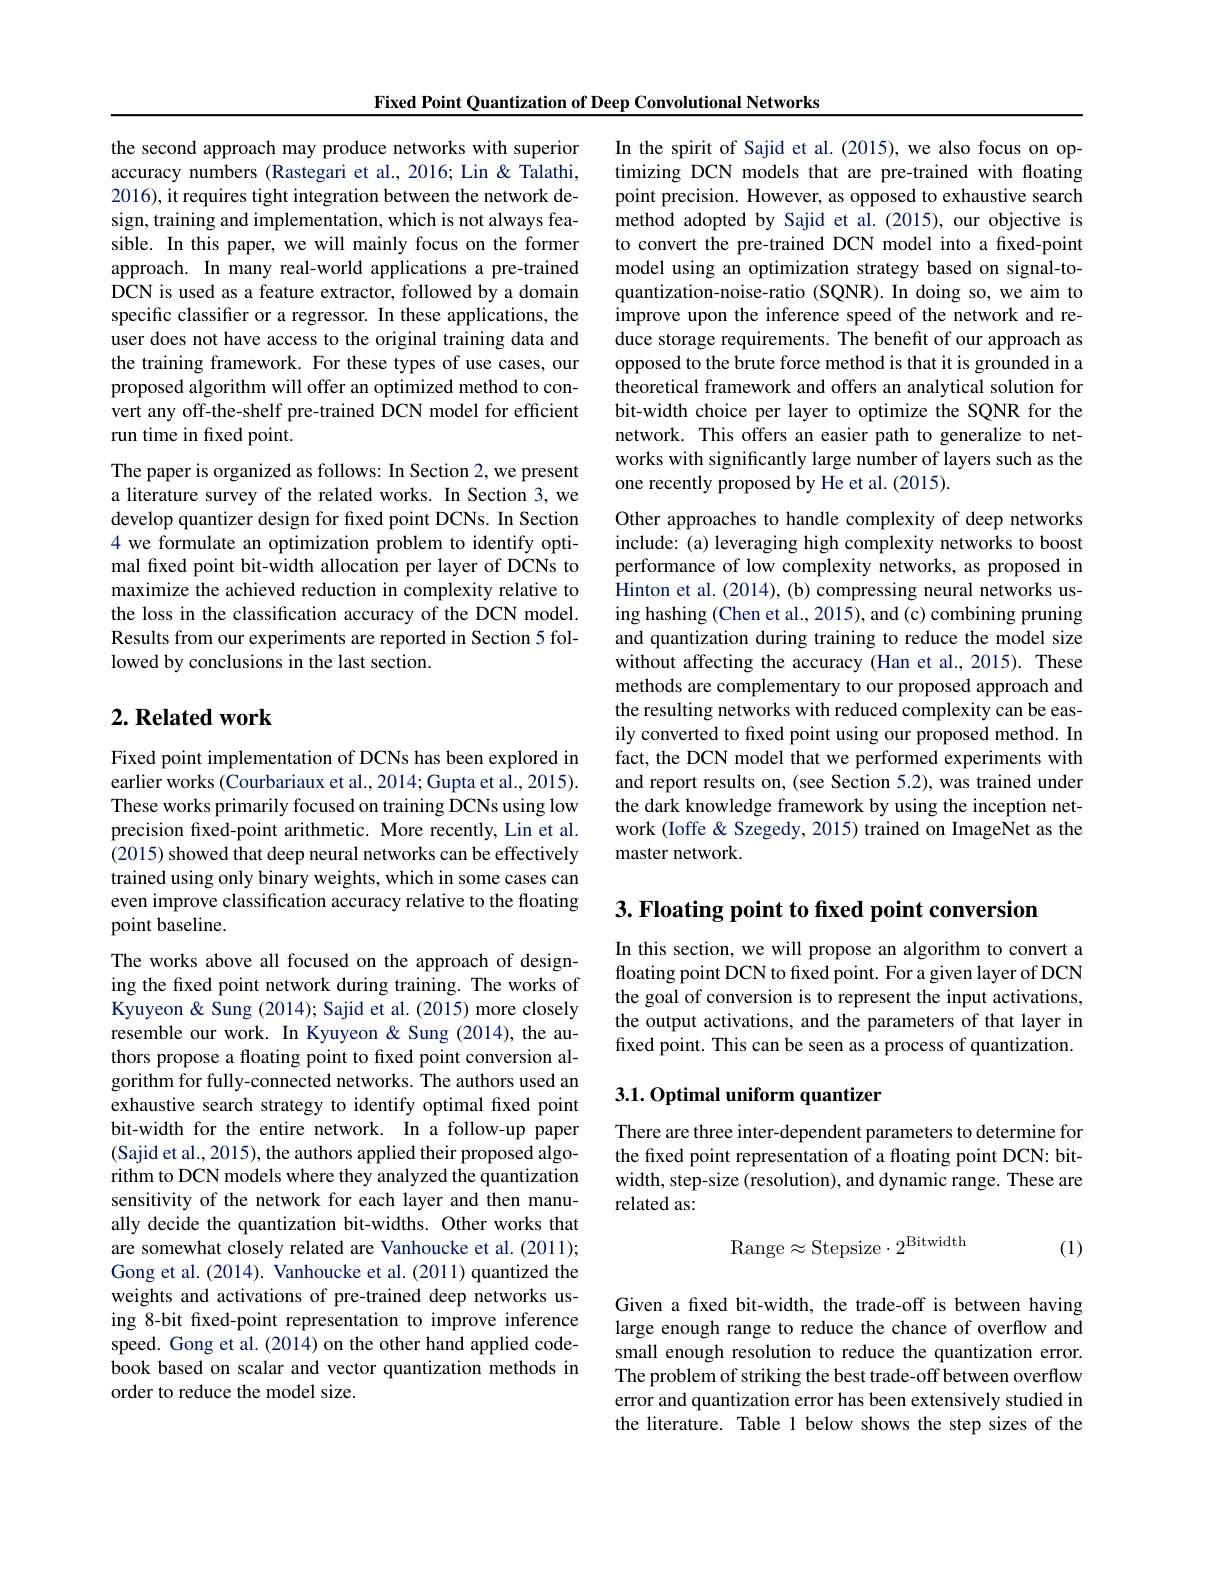
Fixed Point Quantization of Deep Convolutional Networks

the second approach may produce networks with superior accuracy numbers (Rastegari et al., 2016; Lin & Talathi, 2016), it requires tight integration between the network design, training and implementation, which is not always feasible. In this paper, we will mainly focus on the former approach. In many real-world applications a pre-trained DCN is used as a feature extractor, followed by a domain specific classifier or a regressor. In these applications, the user does not have access to the original training data and the training framework. For these types of use cases, our proposed algorithm will offer an optimized method to convert any off-the-shelf pre-trained DCN model for efficient run time in fixed point.
The paper is organized as follows: In Section 2, we present a literature survey of the related works. In Section 3, we develop quantizer design for fixed point DCNs. In Section 4 we formulate an optimization problem to identify optimal fixed point bit-width allocation per layer of DCNs to maximize the achieved reduction in complexity relative to the loss in the classification accuracy of the DCN model. Results from our experiments are reported in Section 5 followed by conclusions in the last section.

## $2. \textbf{ Related work}$

Fixed point implementation of DCNs has been explored in earlier works (Courbariaux et al., 2014; Gupta et al., 2015). These works primarily focused on training DCNs using low precision fixed-point arithmetic. More recently, Lin et al. (2015) showed that deep neural networks can be effectively trained using only binary weights, which in some cases can even improve classification accuracy relative to the floating point baseline.

The works above all focused on the approach of designing the fixed point network during training. The works of Kyuyeon & Sung (2014); Sajid et al. (2015) more closely resemble our work. In Kyuyeon & Sung (2014), the authors propose a floating point to fixed point conversion algorithm for fully-connected networks. The authors used an exhaustive search strategy to identify optimal fixed point bit-width for the entire network. In a follow-up paper (Sajid et al., 2015), the authors applied their proposed algorithm to DCN models where they analyzed the quantization sensitivity of the network for each layer and then manually decide the quantization bit-widths. Other works that are somewhat closely related are Vanhoucke et al. (2011); Gong et al. (2014). Vanhoucke et al. (2011) quantized the weights and activations of pre-trained deep networks using 8-bit fixed-point representation to improve inference speed. Gong et al. (2014) on the other hand applied codebook based on scalar and vector quantization methods in order to reduce the model size.

In the spirit of Sajid et al. (2015), we also focus on optimizing DCN models that are pre-trained with floating point precision. However, as opposed to exhaustive search method adopted by Sajid et al.(2015), our objective is to convert the pre-trained DCN model into a fixed-point model using an optimization strategy based on signal-toquantization-noise-ratio (SQNR).In doing so, we aim to improve upon the inference speed of the network and reduce storage requirements. The benefit of our approach as opposed to the brute force method is that it is grounded in a theoretical framework and offers an analytical solution for bit-width choice per layer to optimize the SQNR for the network. This offers an easier path to generalize to networks with significantly large number of layers such as the one recently proposed by He et al. (2015).
Other approaches to handle complexity of deep networks include: (a) leveraging high complexity networks to boost performance of low complexity networks, as proposed in Hinton et al. (2014), (b) compressing neural networks using hashing (Chen et al., 2015), and (c) combining pruning and quantization during training to reduce the model size without affecting the accuracy (Han et al., 2015). These methods are complementary to our proposed approach and the resulting networks with reduced complexity can be easily converted to fxed point using our proposed method. In fact, the DCN model that we performed experiments with and report results on, (see Section 5.2), was trained under the dark knowledge framework by using the inception network (Ioffe & Szegedy, 2015) trained on ImageNet as the master network

3. Floating point to fixed point conversion

In this section, we will propose an algorithm to convert a floating point DCN to fixed point. For a given layer of DCN the goal of conversion is to represent the input activations, the output activations, and the parameters of that layer in fixed point. This can be seen as a process of quantization.

## $3. 1. \textbf{Optimal uniform quantizer}$

There are three inter-dependent parameters to determine for the fixed point representation of a floating point DCN: bitwidth, step-size (resolution), and dynamic range. These are related as:
$$\mathrm{Range}\approx\mathrm{Stepsize}\cdot2^{\mathrm{Bitwidth}}$$
(1)

Given a fixed bit-width, the trade-off is between having large enough range to reduce the chance of overflow and small enough resolution to reduce the quantization error. The problem of striking the best trade-off between overflow error and quantization error has been extensively studied in the literature. Table 1 below shows the step sizes of the